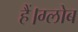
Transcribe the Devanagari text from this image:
हैं।ग्लोब